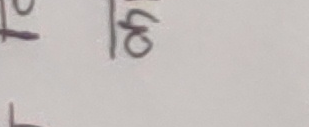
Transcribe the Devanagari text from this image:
१० ५०